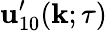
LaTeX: {\mathbf{u}}_{10}^{\prime}({\mathbf{k}};\tau)